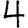
Digit: 4